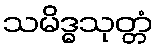
သမိဒ္ဓသုတ္တံ